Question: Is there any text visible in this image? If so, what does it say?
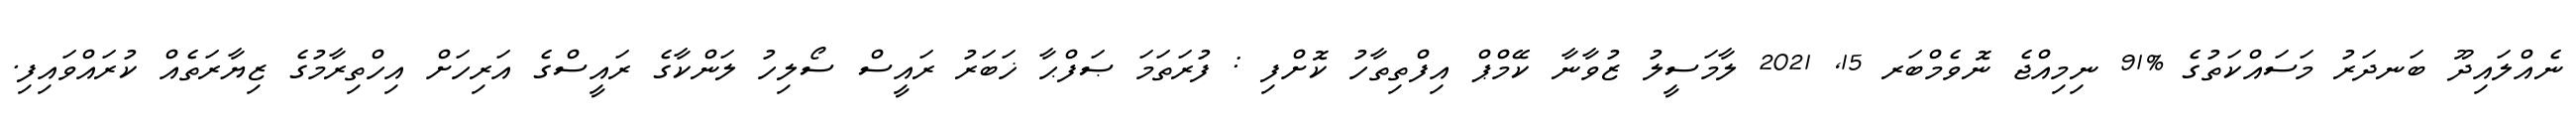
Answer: ނެއްލައިދޫ ބަނދަރު މަސައްކަތުގެ %91 ނިމިއްޖެ ނޮވެމްބަރ 15, 2021 ލާމަސީލު ޒުވާނާ ކޭމްޕް އިފްތިތާހު ކޮށްފި : ފުރަތަމަ ޞަފްޙާ ޚަބަރު ރައީސް ސޯލިހު ލަންކާގެ ރައީސްގެ އަރިހަށް އިހްތިރާމުގެ ޒިޔާރަތެއް ކުރައްވައިފި.